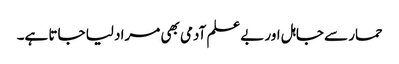
حمار سے جاہل اور بےعلم آدمی بھی مراد لیا جاتا ہے۔